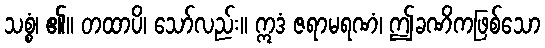
သစ္စံ၊ ၏။ တထာပိ၊ သော်လည်း။ ဣဒံ ဇရာမရဏံ၊ ဤခဏိကဖြစ်သော